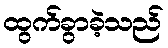
ထွက်ခွာခဲ့သည်